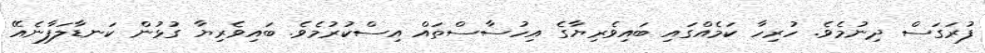
ފުރަގަސް ދިނުމެވެ. ހުރިހާ ކަމެއްގައި ބައިވެރިޔާގެ އިހުސާސްތައް އިސްކުރުމެވެ. ބައިވެރިޔާ ގުޅުން ކަނޑާލަފާނެއޭ